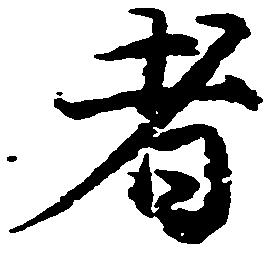
者